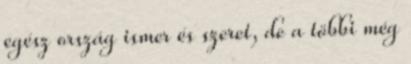
egész ország ismer és szeret, de a többi még